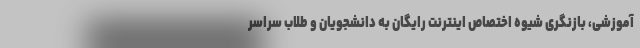
آموزشی، بازنگری شیوه اختصاص اینترنت رایگان به دانشجویان و طلاب سراسر